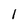
Character: 1